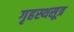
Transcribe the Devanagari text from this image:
गृहस्थसूत्र